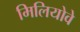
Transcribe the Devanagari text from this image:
मिलियोवे